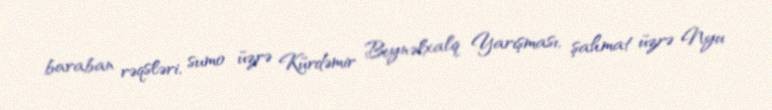
baraban rəqsləri, sumo üzrə Kürdəmir Beynəlxalq Yarışması, şahmat üzrə Nyu